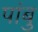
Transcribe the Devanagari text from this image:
पांबु